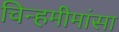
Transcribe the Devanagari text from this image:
चिन्हमीमांसा